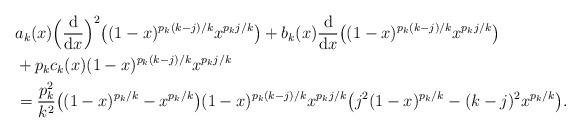
LaTeX: \begin{align*}& a_k(x) \Big(\frac{\textup{d}}{\textup{d}x}\Big)^2\big( (1-x)^{p_k(k-j)/k} x^{p_k j/k} \big)+ b_k(x) \frac{\textup{d}}{\textup{d}x}\big( (1-x)^{p_k(k-j)/k} x^{p_k j/k} \big) \\& + p_k c_k(x) (1-x)^{p_k(k-j)/k} x^{p_k j/k} \\& = \frac{p_k^2}{k^2} \big( (1-x)^{p_k/k} - x^{p_k/k} \big) (1-x)^{p_k(k-j)/k} x^{p_k j/k}\big( j^2 (1-x)^{p_k/k} - (k-j)^2 x^{p_k/k} \big).\end{align*}